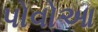
પોવોઆ